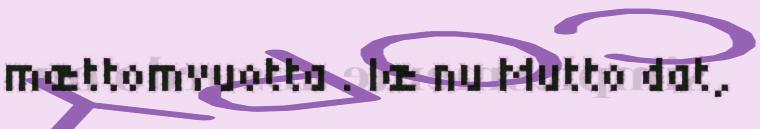
mættomvuotta . læ nu Mutto dat,